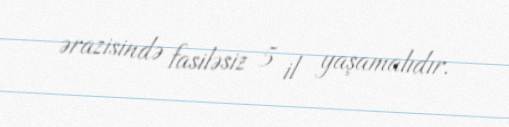
ərazisində fasiləsiz 5 il yaşamalıdır.